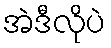
အဲဒီလိုပဲ